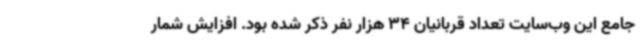
جامع این وب‌سایت تعداد قربانیان 34 هزار نفر ذکر شده بود. افزایش شمار